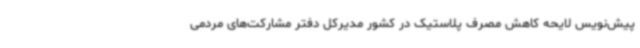
پیش‌نویس لایحه کاهش مصرف پلاستیک در کشور مدیرکل دفتر مشارکت‌های مردمی